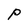
Character: P